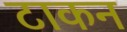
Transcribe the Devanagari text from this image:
टाकन